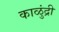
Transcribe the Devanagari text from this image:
काळुंद्री